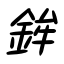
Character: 鉾